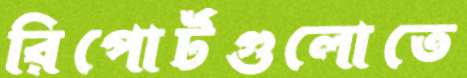
রিপোর্টগুলোতে